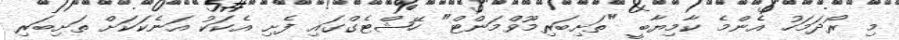
މި ރޯދަމަހު އެންމެ ކާމިޔާބީ "ތަށިބަރިމޫވްމަންޓް" ހޭޝްޓެގްގައި ފެށި އެކަކު އަނެކަކަށް ތަށިބަރި